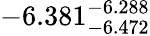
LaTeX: -6.381_{-6.472}^{-6.288}